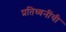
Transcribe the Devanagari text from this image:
प्रतिध्वनींची